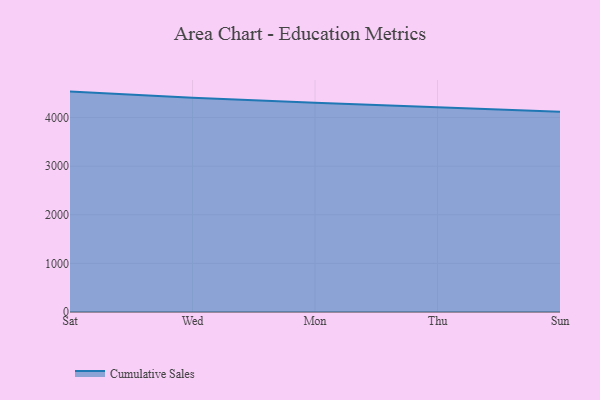
{"axis": {"x": "Day", "y": "Waste Production (Tons)"}, "legend": ["Cumulative Sales"], "data": [{"x": "Sat", "y": 4534.0, "type": "Cumulative Sales"}, {"x": "Wed", "y": 4409.7, "type": "Cumulative Sales"}, {"x": "Mon", "y": 4306.3, "type": "Cumulative Sales"}, {"x": "Thu", "y": 4214.3, "type": "Cumulative Sales"}, {"x": "Sun", "y": 4120.2, "type": "Cumulative Sales"}]}